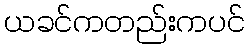
ယခင်ကတည်းကပင်